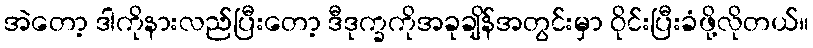
အဲတော့ ဒါကိုနားလည်ပြီးတော့ ဒီဒုက္ခကိုအခုချိန်အတွင်းမှာ ဝိုင်းပြီးခံဖို့လိုတယ်။